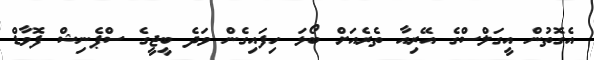
އެގޮތުން އީގަލްސްގެ އޭރިއާ ތެރެއަށް ބޯޅަ ހިފައިގެން ވަދެ ބީޖީގެ ސްޕެނިޝް ފޮވާޑް